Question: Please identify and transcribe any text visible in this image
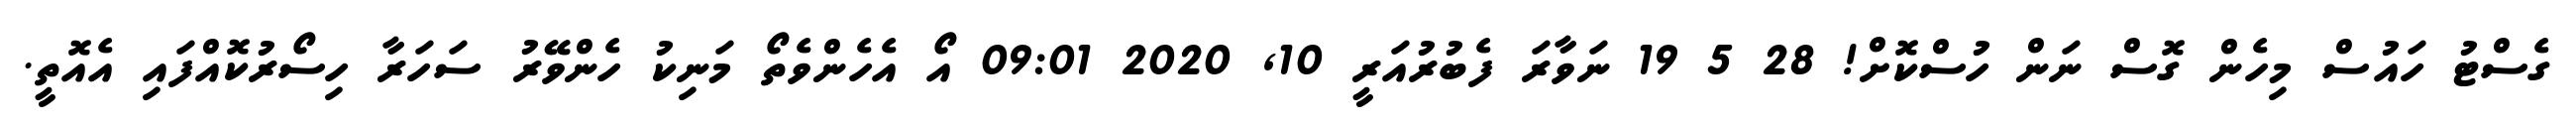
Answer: ގެސްޓު ހައުސް މިހެން ގޮސް ނަން ހުސްކޮށް! 28 5 19 ނަވާރަ ފެބުރުއަރީ 10, 2020 09:01 އޯ އެހެންވެތޯ މަނިކު ހެންވޭރު ސަހަރާ ހިސޯރުކޮއްފައި އެއޮތީ.